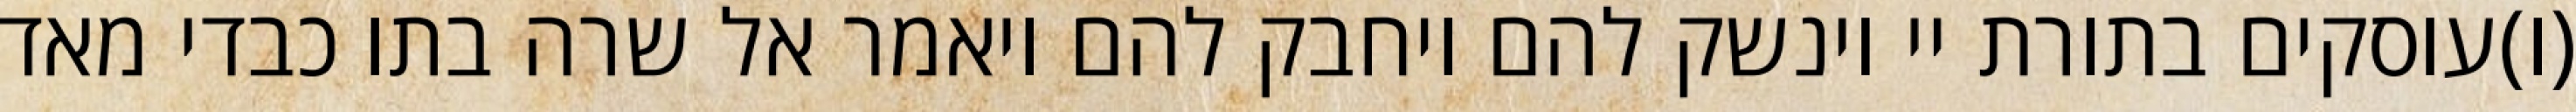
(ו)עוסקים בתורת יי וינשק להם ויחבק להם ויאמר אל שרה בתו כבדי מאד